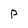
Character: P